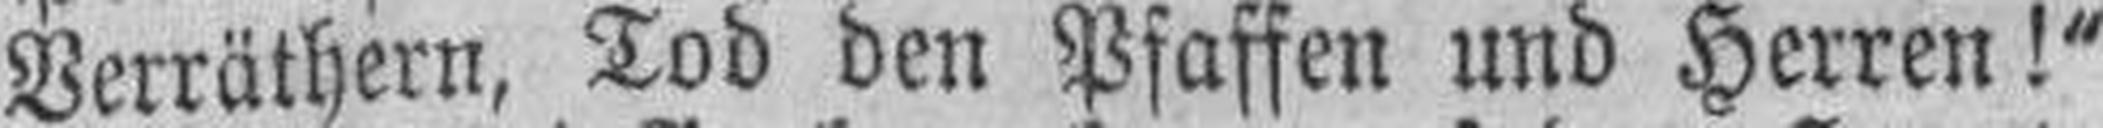
Verräthern, Tod den Pfaffen und Herren!"